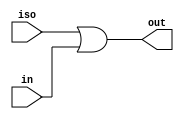
//#############################################################################
//# Function: Isolation buffer (high) for multi supply domains                #
//#############################################################################
//# Author:   Andreas Olofsson                                                #
//# License:  MIT  (see LICENSE file in OH! repository)                       #
//#############################################################################

module oh_isobufhi
  #(parameter N     = 1,        // width of data inputs
    parameter SYN   = "TRUE",   // true=synthesizable
    parameter TYPE  = "DEFAULT" // scell type/size
    )
   (
    input 	   iso,// active low isolation signal
    input [N-1:0]  in, // input signal
    output [N-1:0] out // out = iso | in
    );
   generate
      if(SYN == "TRUE")	begin
	 assign out[N-1:0] = {(N){iso}} | in[N-1:0];
      end
      else begin
	 genvar 	     i;
	 for (i=0;i<N;i=i+1) begin
	    asic_isobufhi #(.TYPE(TYPE))
	    asic_isobufhi (.iso(iso),
			 .in(in[i]),
			 .out(out[i]));
	 end
      end
   endgenerate
endmodule